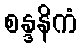
စန္ဒနိကံ